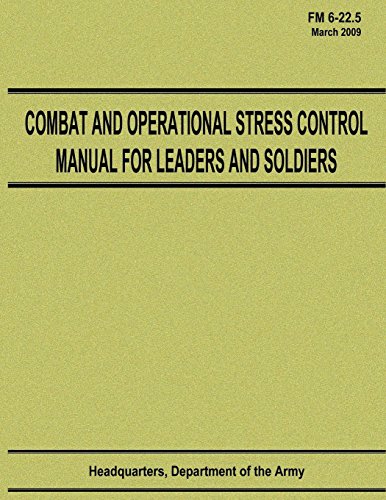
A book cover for Combat and Operational Stress Control Manual for Leaders and Soldiers (FM 6-22.5); Department of the Army; Medical Books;